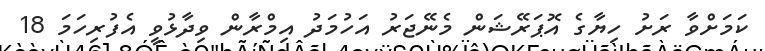
ކަމަށްވާ ރަށު ހިޔާގެ އޮޕަރޭޝަން މެނޭޖަރު އަހުމަދު އިމްރާން ވިދާޅުވީ އެފުރިހަމަ 18